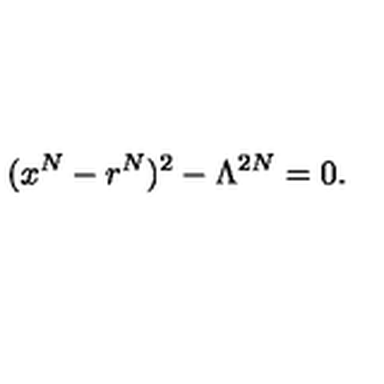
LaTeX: ( x ^ { N } - r ^ { N } ) ^ { 2 } - \Lambda ^ { 2 N } = 0 .